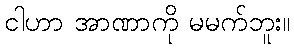
ငါဟာ အာဏာကို မမက်ဘူး။